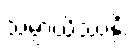
သမ္ပာယိဿန္တိ